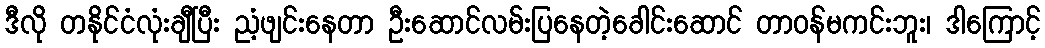
ဒီလို တနိုင်ငံလုံးချီပြီး ညံ့ဖျင်းနေတာ ဦးဆောင်လမ်းပြနေတဲ့ခေါင်းဆောင် တာဝန်မကင်းဘူး၊ ဒါကြောင့်